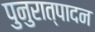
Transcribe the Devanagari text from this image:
पुनुरात्पादन